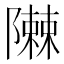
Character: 𮥪